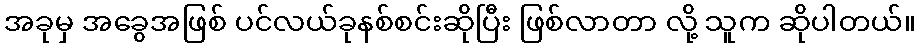
အခုမှ အခွေအဖြစ် ပင်လယ်ခုနစ်စင်းဆိုပြီး ဖြစ်လာတာ လို့ သူက ဆိုပါတယ်။